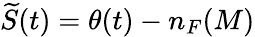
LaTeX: \widetilde{S}(t)=\theta(t)-n_{F}(M)